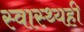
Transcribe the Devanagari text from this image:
स्वास्थ्यही